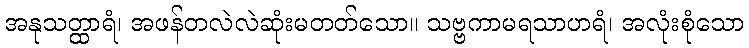
အနုသတ္ထာရံ၊ အဖန်တလဲလဲဆုံးမတတ်သော။ သဗ္ဗကာမရသာဟရံ၊ အလုံးစုံသော